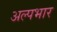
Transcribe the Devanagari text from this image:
अल्पभार